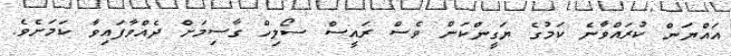
އައްޔަން ކުރައްވާނެ ކަމުގެ ޔަގީންކަން ވެސް ރައީސް ސޯލިހް ގާސިމަށް ދެއްވާފައިވާ ކަމަށެވެ.